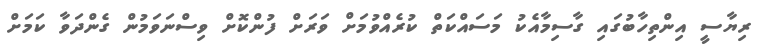
ރިޔާސީ އިންތިހާބުގައި ގާސިމާއެކު މަސައްކަތް ކުރެއްވުމަށް ވަރަށް ފުންކޮށް ވިސްނަވަމުން ގެންދަވާ ކަމަށް